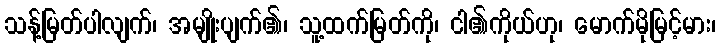
သန့်မြတ်ပါလျက်၊ အမျိုးပျက်၏၊ သူ့ထက်မြတ်ကို၊ ငါ၏ကိုယ်ဟု၊ မောက်မိုမြင့်မား၊